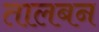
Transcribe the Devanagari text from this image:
तालबन